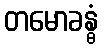
တမောခန္ဓံ